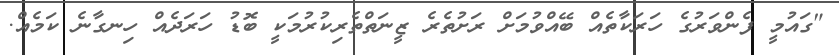
"ގައުމީ ފެންވަރުގެ ހަރަކާތެއް ބޭއްވުމަށް ރަށުތެރެ ޒީނަތްތެރިކުރުމަކީ ބޮޑު ހަރަދެއް ހިނގާނެ ކަމެއް.